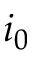
i _ { 0 }